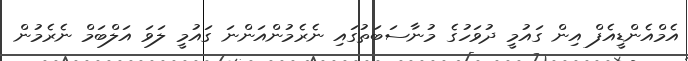
އެމްއެންޑީއެފް އިން ގައުމީ ދުވަހުގެ މުނާސަބަތުގައި ނެރެމުންއަންނަ ގައުމީ ލަވަ އަލްބަމް ނެރެމުން